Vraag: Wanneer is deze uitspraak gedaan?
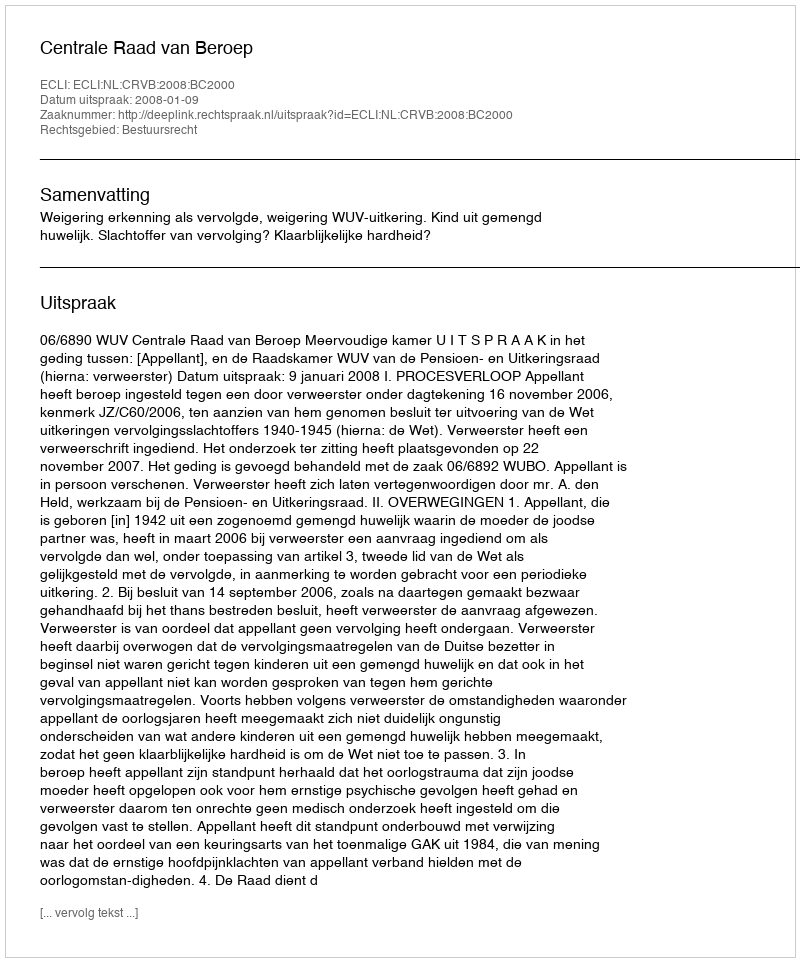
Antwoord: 2008-01-09